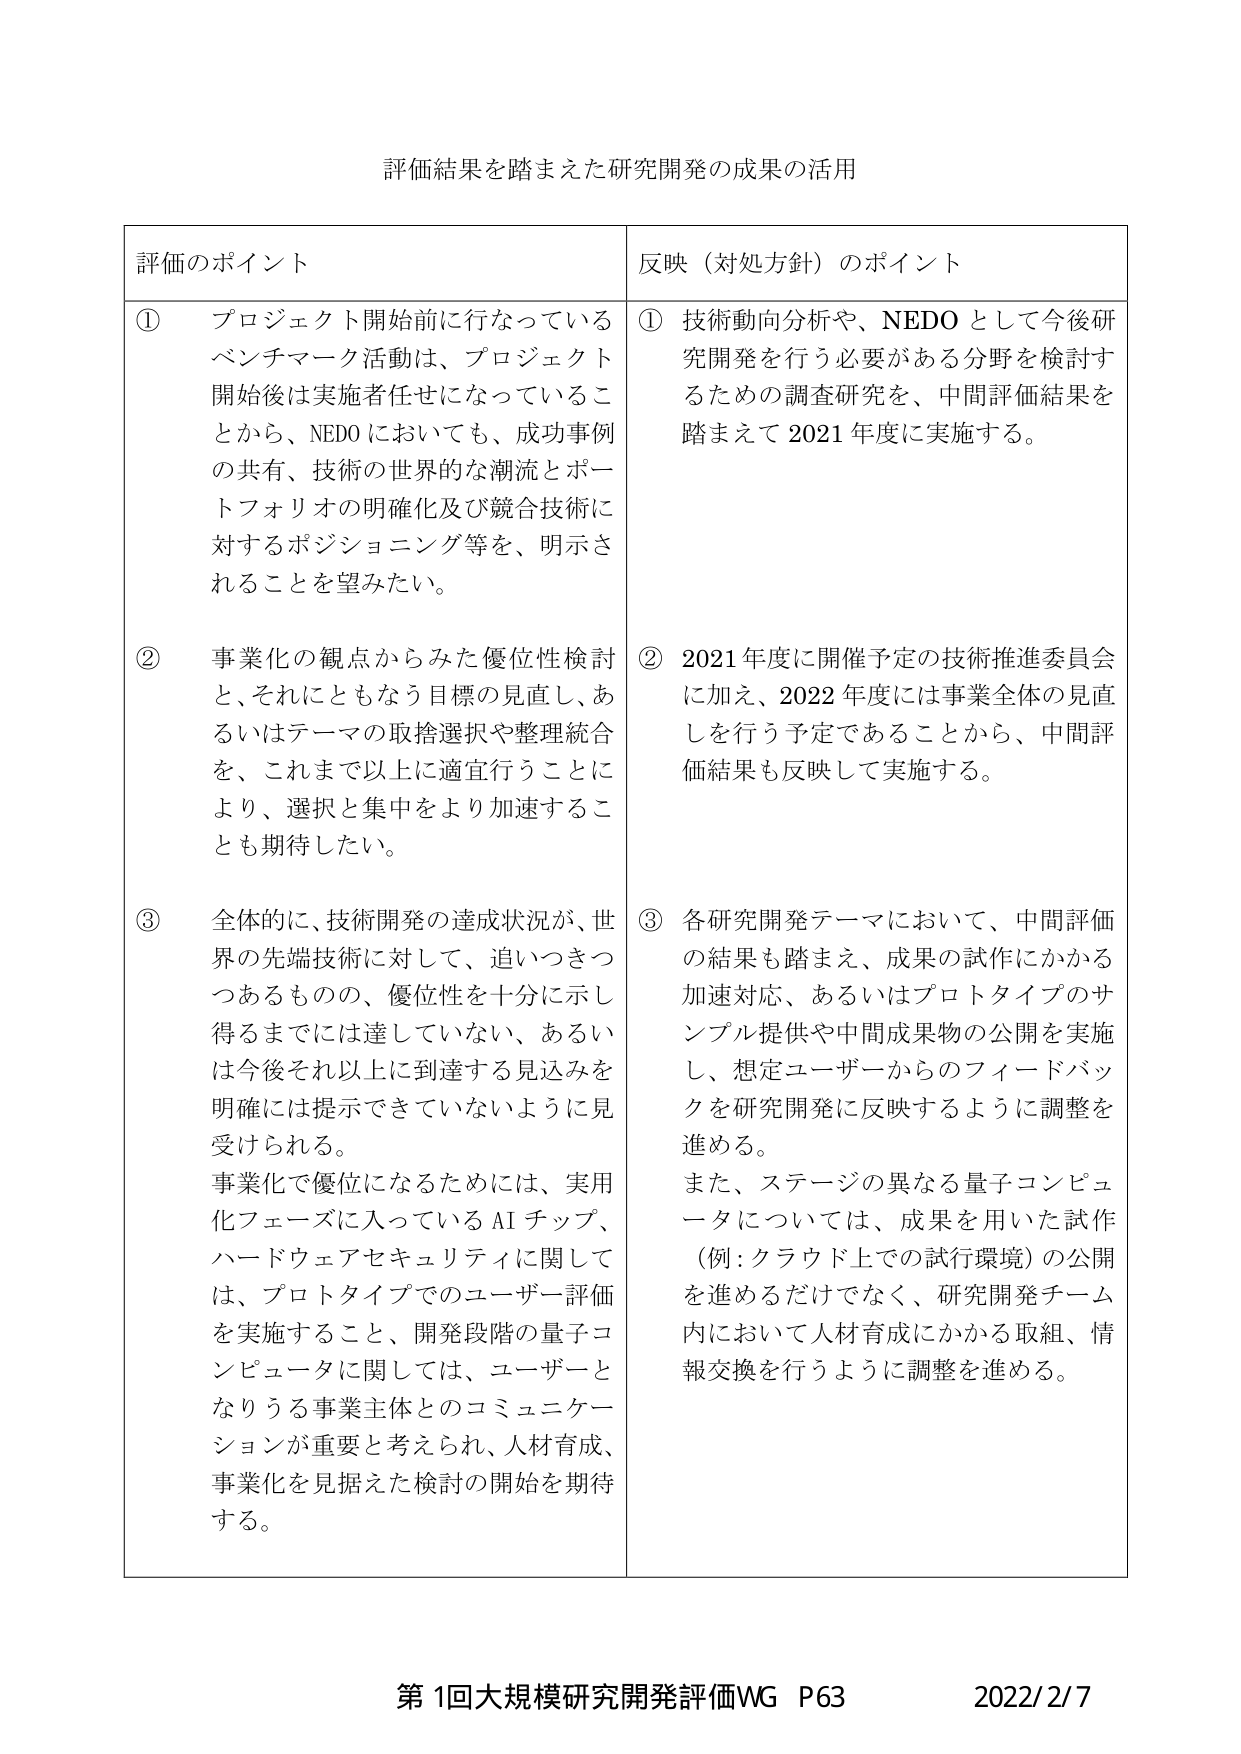
評価結果を踏まえた研究開発の成果の活用

評価のポイント

① プロジェクト開始前に行なっているベンチマーク活動は、プロジェクト開始後は実施者任せになっていることから、NEDOにおいても、成功事例の共有、技術の世界的な潮流とポートフォリオの明確化及び競合技術に対するポジショニング等を、明示されることを望みたい。

② 事業化の観点からみた優位性検討と、それにともなう目標の見直し、あるいはテーマの取捨選択や整理統合を、これまで以上に適宜行うことにより、選択と集中をより加速することも期待したい。

③ 全体的に、技術開発の達成状況が、世界の先端技術に対して、追いつきつつあるものの、優位性を十分に示し得るまでには達していない、あるいは今後それ以上に到達する見込みを明確には提示できていないように見受けられる。

事業化で優位になるためには、実用化フェーズに入っているAIチップ、ハードウェアセキュリティに関しては、プロトタイプでのユーザー評価を実施すること、開発段階の量子コンピュータに関しては、ユーザーとなりうる事業主体とのコミュニケーションが重要と考えられ、人材育成、事業化を見据えた検討の開始を期待する。

反映（対処方針）のポイント

① 技術動向分析や、NEDOとして今後研究開発を行う必要がある分野を検討するための調査研究を、中間評価結果を踏まえて2021年度に実施する。

② 2021年度に開催予定の技術推進委員会に加え、2022年度には事業全体の見直しを行う予定であることから、中間評価結果も反映して実施する。

③ 各研究開発テーマにおいて、中間評価の結果も踏まえ、成果の試作にかかる加速対応、あるいはプロトタイプのサンプル提供や中間成果物の公開を実施し、想定ユーザーからのフィードバックを研究開発に反映するように調整を進める。

また、ステージの異なる量子コンピュータについては、成果を用いた試作（例：クラウド上での試行環境）の公開を進めるだけでなく、研究開発チーム内において人材育成にかかる取組、情報交換を行うように調整を進める。

第1回大規模研究開発評価WG P63 2022/2/7